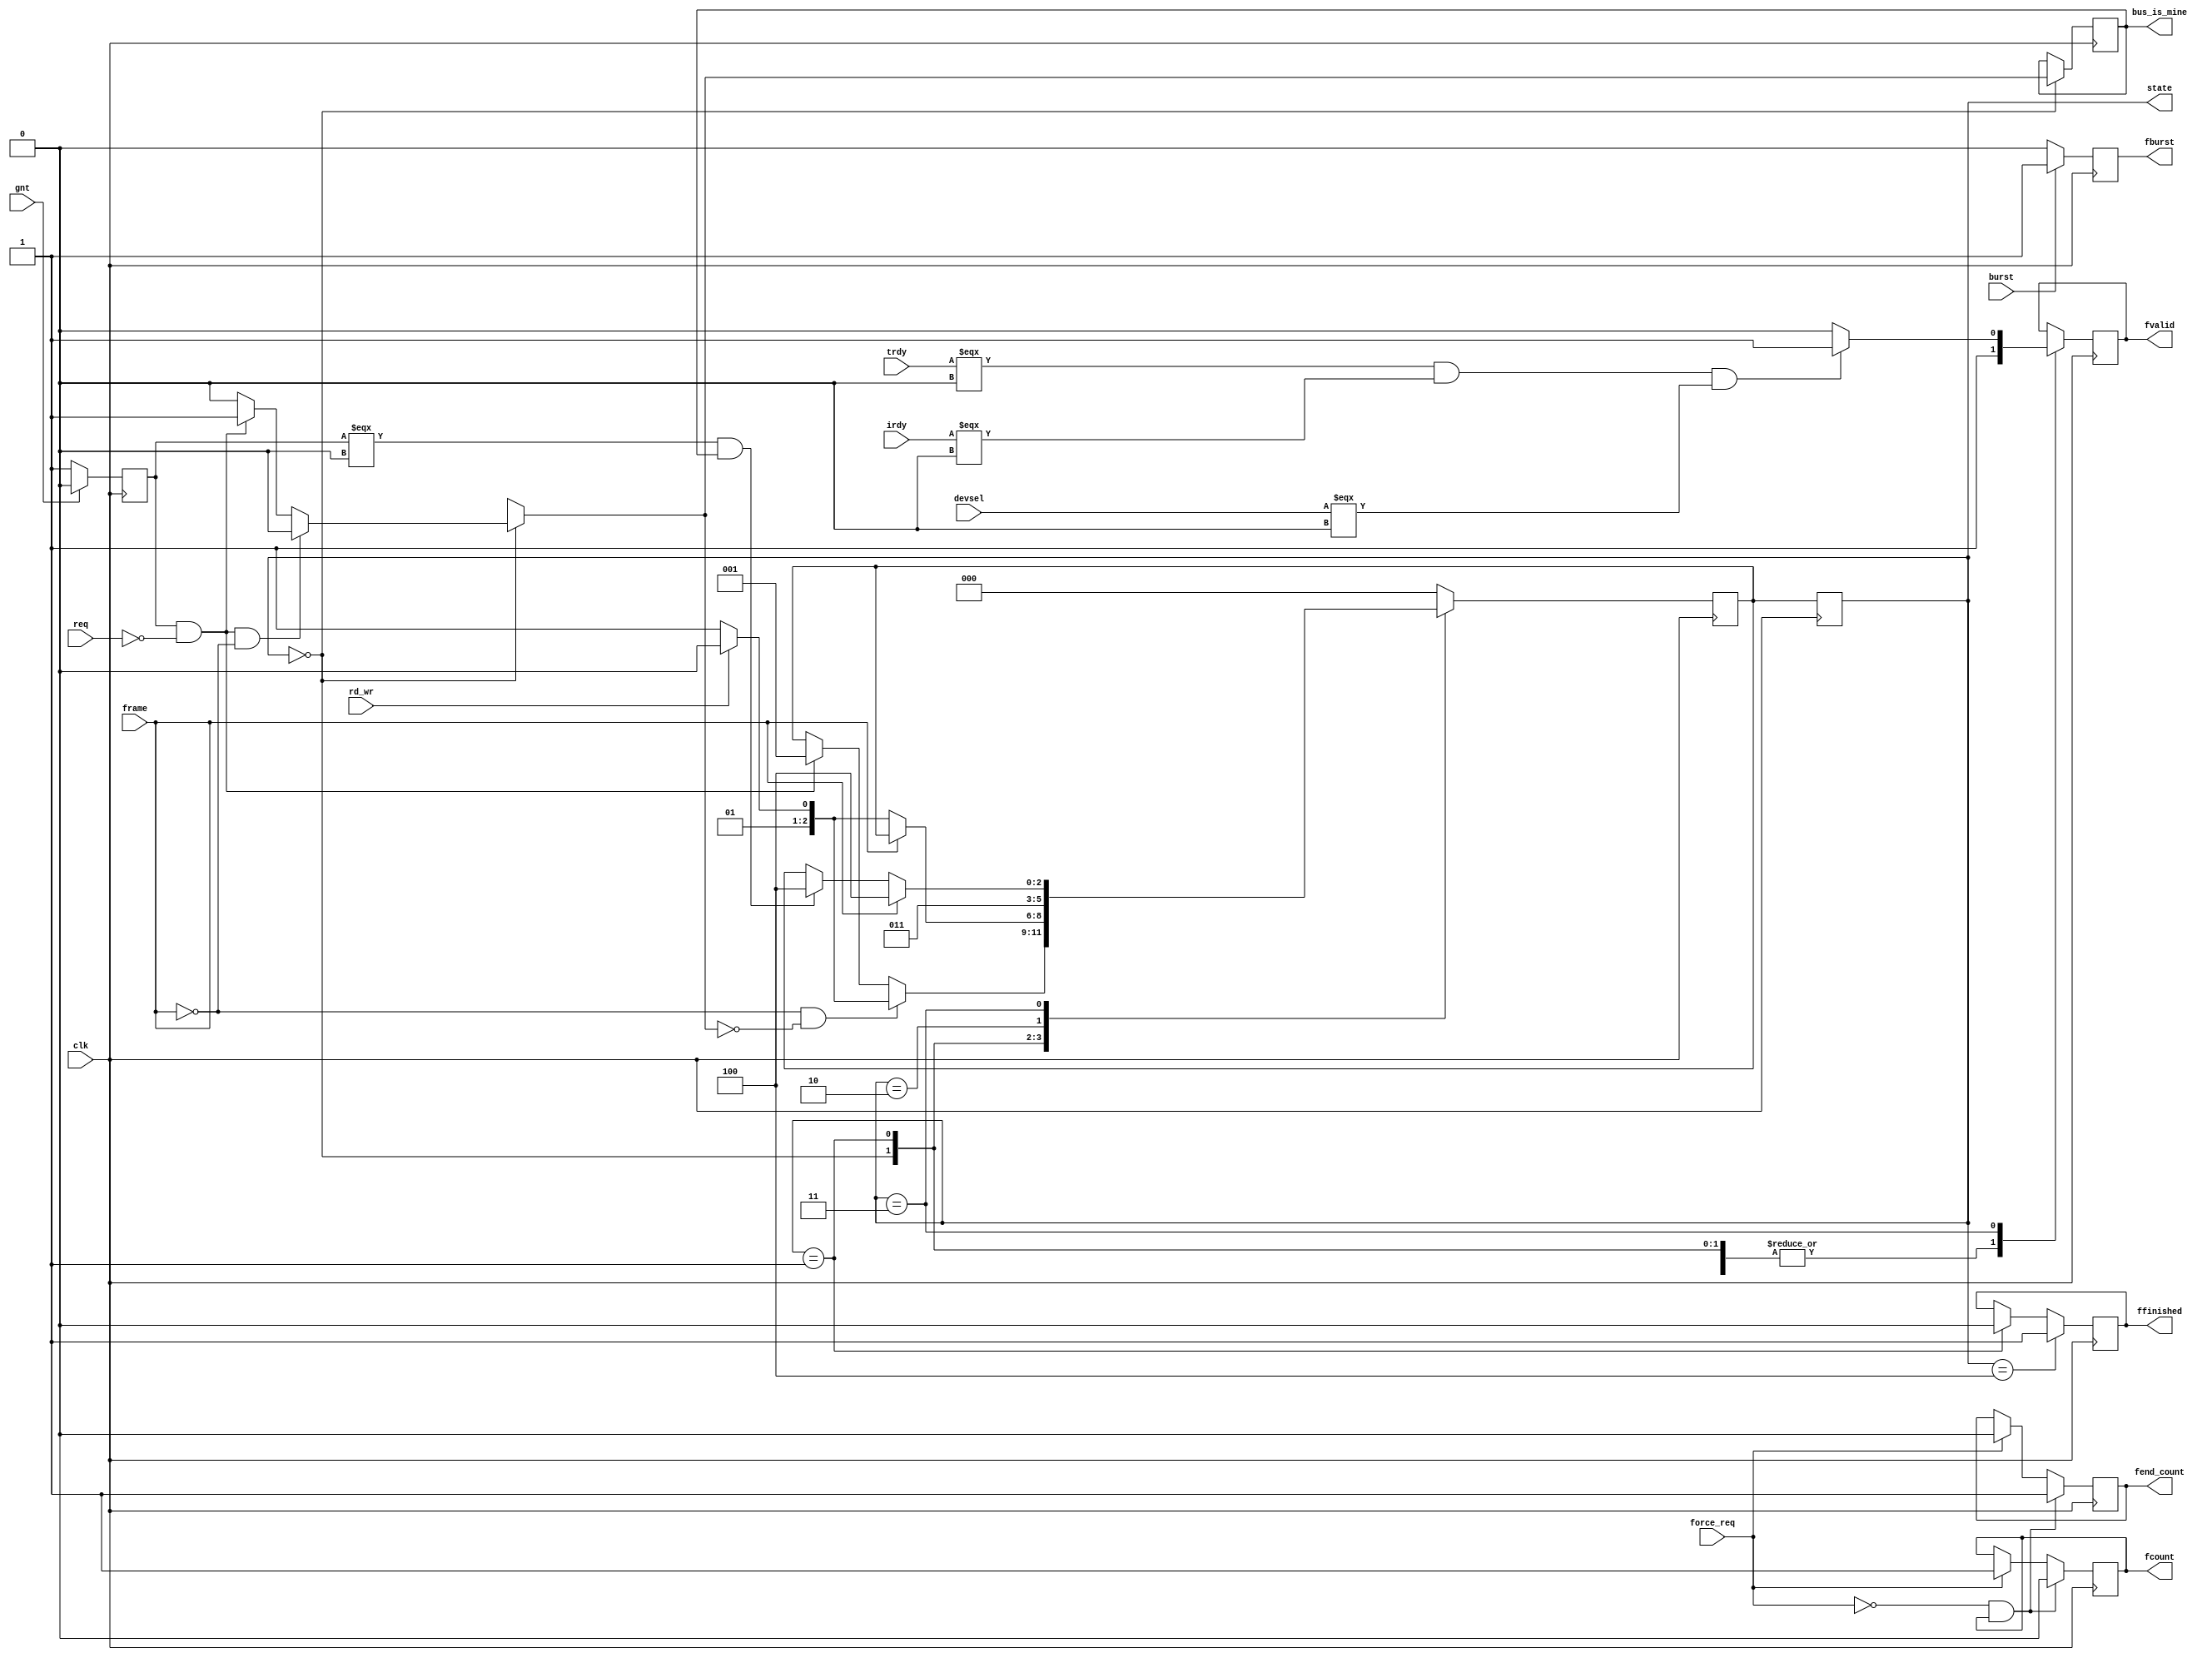
module State_Machine(
    frame, irdy, trdy, devsel, state, clk, force_req, burst, req, gnt, rd_wr, fcount, fend_count, ffinished, fvalid, fburst, bus_is_mine
);

/*
    This state machine is valid for both read and write transactions
    for read: rd_wr = 1
    for write: rd_wr = 0
*/

input wire frame, irdy, trdy, devsel, clk, force_req, burst, req, gnt, rd_wr;
output reg[2:0] state;
reg[2:0] next_state;

parameter[2:0] 
/*
There are five states:
1. idle: here the bus is free (with respect to the device)
2. address: the initiator has asserted the frame and put a valid address on AD lines
3. turnaround: in case of read transaction the target must wait for two cylces after the frame being asserted
    to put valid data on AD and hence assert trdy
4. data: here data tranfers may occur depending on irdy & trdy (fvalid flag)
5. finish: all required transfers have occured and turnaround cycle ouccurs 
*/
idle=0, address=1, turnaround=2, data=3, finish=4;

output reg          //flags that contributes in synchronization of bus lines
    fcount,         //indicates assertion of force_req signal
    fend_count,     //indicates deassertion of force_req signal
    ffinished,      //indicates finished transaction and free bus
    fvalid,         //indicates that a valid data transfer may occur next positive edge of clock **combinational
    fburst,
    bus_is_mine;
reg fgnt;           //indicates a granted bus ownership

always @(negedge clk) begin
    state <= next_state;      
    if (force_req) begin
        fend_count <= 0;
        fcount <= 1; 
    end
    if (!force_req && fcount) begin
        fcount <= 0;
        fend_count <= 1;
    end
    if (state == address) begin
        ffinished <= 0; 
    end
    if (state == finish) begin
        ffinished <= 1;
    end
    if (!gnt) begin
        fgnt <= 1; 
    end else begin
        fgnt <= 0; 
    end
    if (burst) begin
        fburst <= 1; 
    end else begin
        fburst <= 0; 
    end
end

always @(posedge clk) begin
    case (state)
        idle: begin
            fvalid = 1;
            bus_is_mine = 0 ;
            if (fgnt && !req) begin
                next_state = address;
                bus_is_mine = 1;
            end
            if (fgnt && !req && !frame) begin
                bus_is_mine = 0;
            end
            if (!frame && !bus_is_mine) begin
                if (rd_wr) begin
                    next_state = turnaround;               
                end
                else begin
                    next_state = data;
                end
            end
        end

        address: begin
            if (!frame) begin
                if (rd_wr) begin
                    next_state = turnaround;               
                end
                else begin
                    next_state = data;
                end
            end
            fvalid = 1;
        end

        turnaround: begin
            fvalid = 1;
            next_state = data;
        end

        data: begin
            if(fgnt === 0 && bus_is_mine) begin
                next_state = finish; 
            end
            if (frame) begin
                next_state = finish; 
            end
            if(trdy === 0 && irdy === 0 && devsel === 0) begin
                fvalid = 1; 
            end else begin
                fvalid = 0; 
            end
        end

        finish: begin 
            next_state = idle; 
        end

        default: next_state = idle; //for initializing
    endcase
end

endmodule // State_Machine